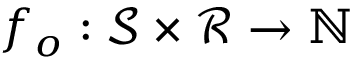
f _ { o } : \mathcal { S } \times \mathcal { R } \to \mathbb { N }